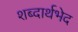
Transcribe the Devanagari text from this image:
शब्दार्थभेद